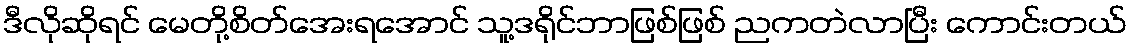
ဒီလိုဆိုရင် မေတို့စိတ်အေးရအောင် သူ့ဒရိုင်ဘာဖြစ်ဖြစ် ညကတဲလာပြီး ကောင်းတယ်